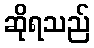
ဆိုရသည်